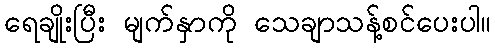
ရေချိုးပြီး မျက်နှာကို သေချာသန့်စင်ပေးပါ။